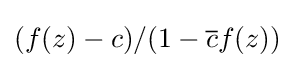
(f(z)-c)/(1-{\overline {c}}f(z))